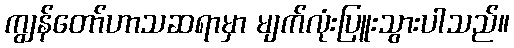
ကျွန်တော်ဟာသဆရာမှာ မျက်လုံးပြူးသွားပါသည်။